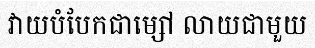
វាយបំបែកជាម្សៅ លាយជាមួយ